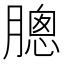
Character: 𣎗